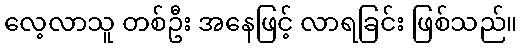
လေ့လာသူ တစ်ဦး အနေဖြင့် လာရခြင်း ဖြစ်သည်။